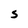
Character: S